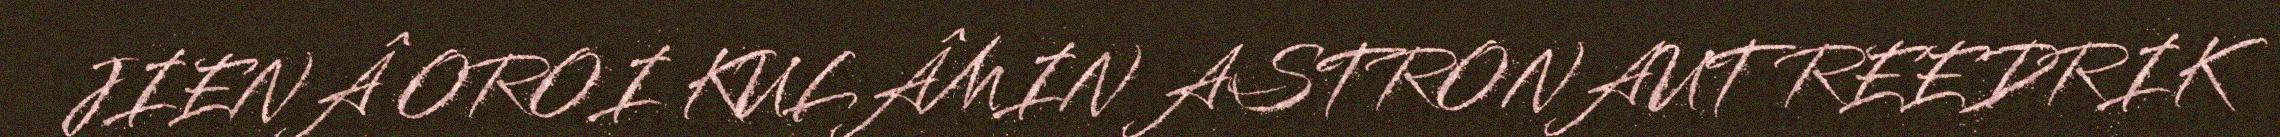
JIENÂ OROI KULÂMIN ASTRONAUT REEDRIK